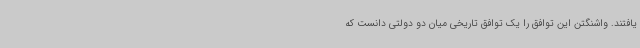
یافتند. واشنگتن این توافق را یک توافق تاریخی میان دو دولتی دانست که